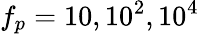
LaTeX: f_{p}=10,10^{2},10^{4}